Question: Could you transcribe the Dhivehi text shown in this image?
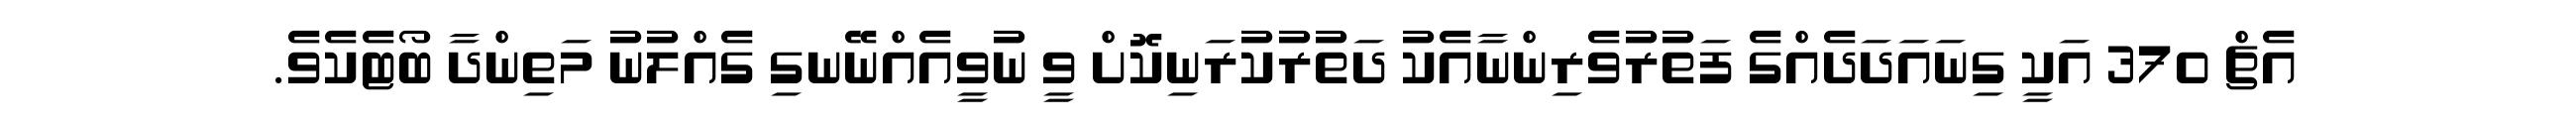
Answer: އެޗް 370 އަކީ ގިނައަދަދެއްގެ ފަތުރުވެރިންނާއެކު ދަތުރުކުރަނިކޮށް ވީ ނުވީއެއްނޭނގި ގެއްލުނު މަތިންދާ ބޯޓެކެވެ.